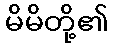
မိမိတို့၏